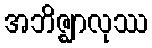
အဘိဇ္ဈာလုဿ